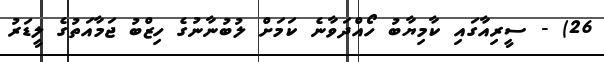
26) - ސީރިއާގައި ކާމިޔާބު ހޯއްދަވާނެ ކަމަށް ލުބުނާނުގެ ހިޒްބު ޖަމާއަތުގެ ލީޑަރު